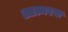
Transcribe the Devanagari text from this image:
आत्मरस